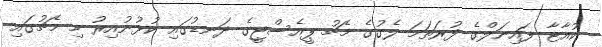
ކުއާޓާ ފައިނަލްގެ ފުރަތަމަ ލެގުގެ މެޗު ޕީއެސްޖީގެ ދަނޑުގައި ކުޅުނުއިރު މި މެޗުގައި